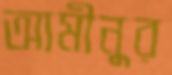
আমীনুর